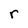
Character: r